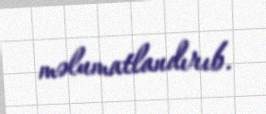
məlumatlandırıb.